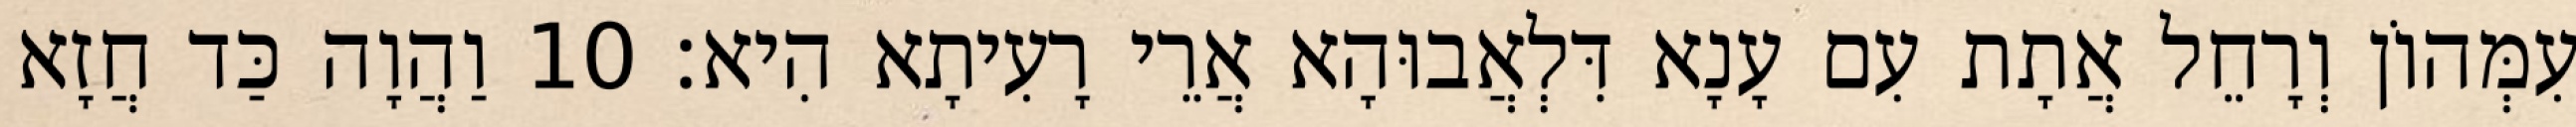
עִמְּהוֹן וְרָחֵל אֲתָת עִם עָנָא דִּלְאֲבוּהָא אֲרֵי רָעִיתָא הִיא׃ 10 וַהֲוָה כַּד חֲזָא